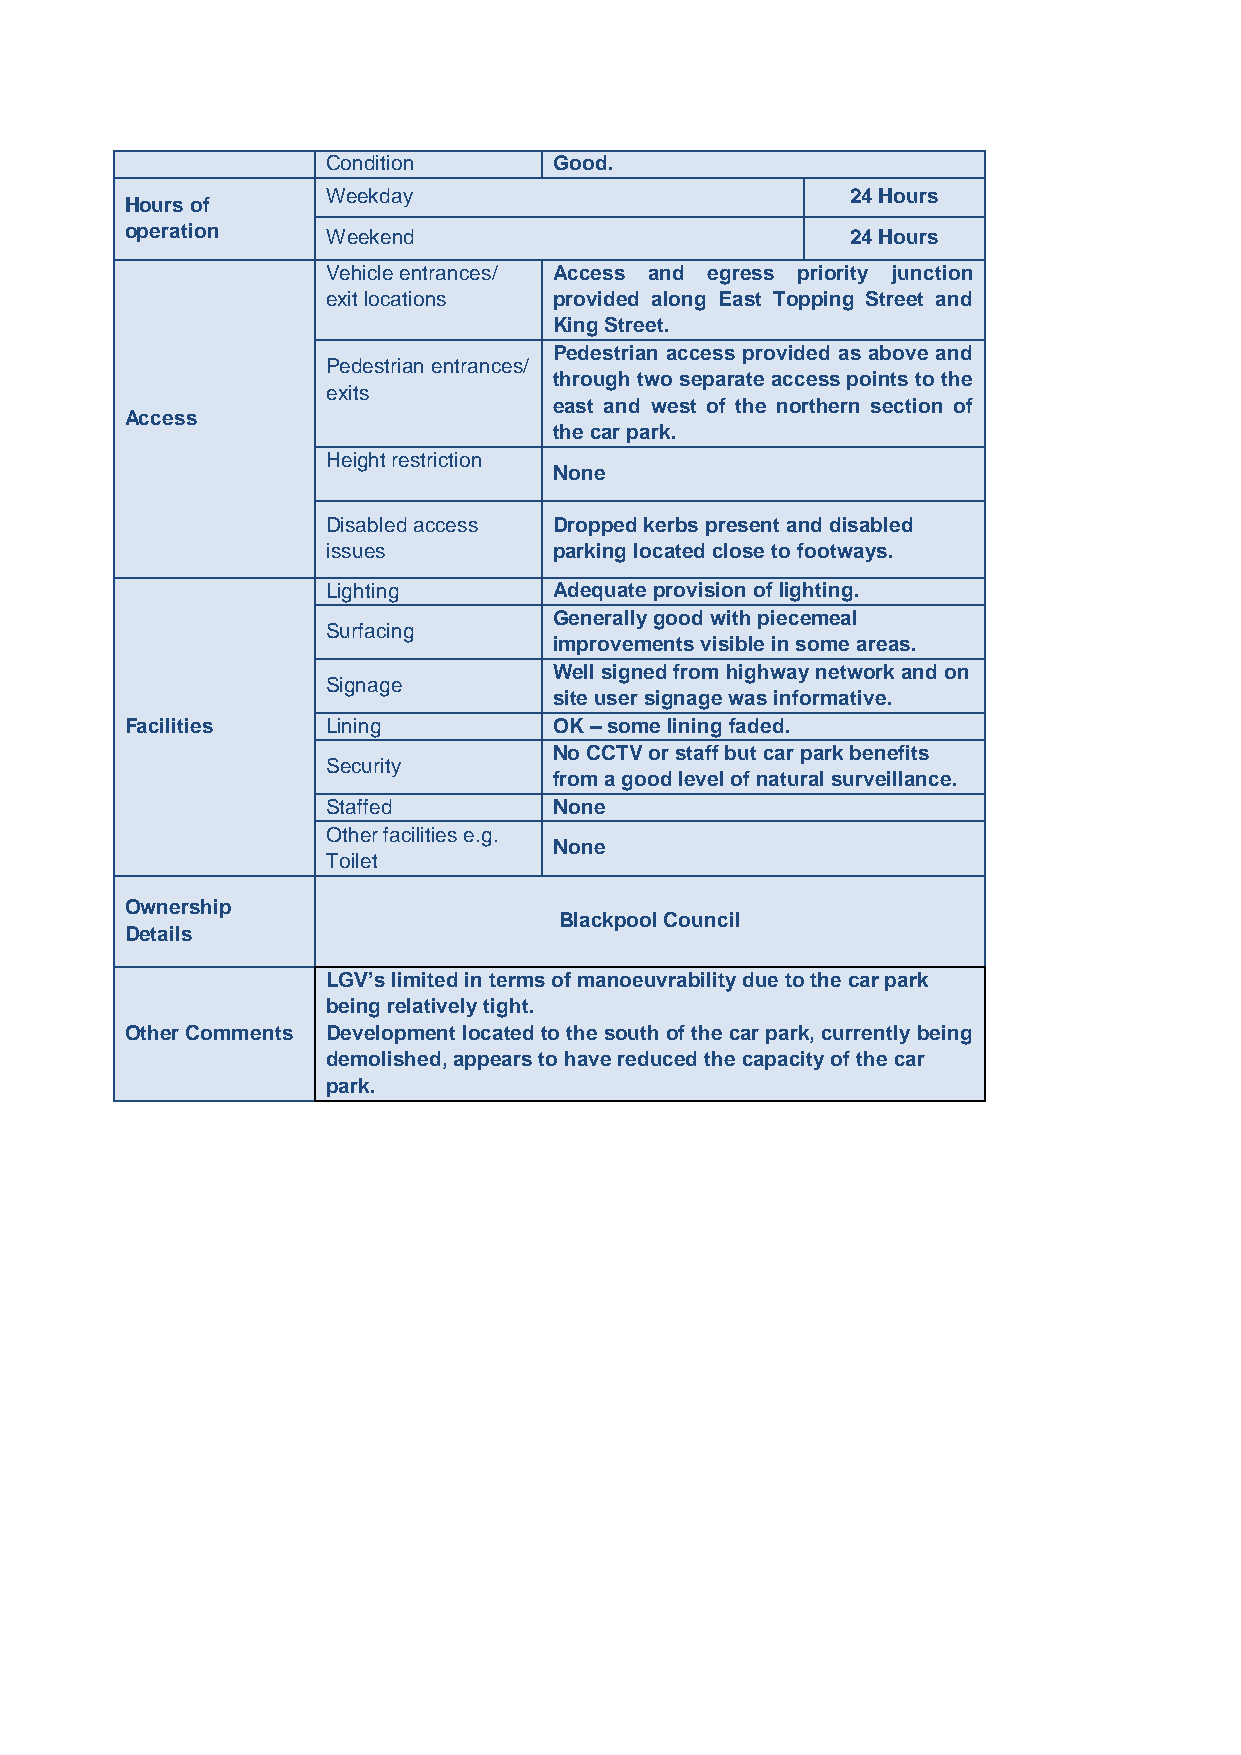
Condition      Good.
 Weekday                           24 Hours
 Hours of
 operation     Weekend                           24 Hours
 Vehicle entrances/ Access and egress priority junction
 exit locations provided along East Topping Street and
 King Street.
 Pedestrian access provided as above and
 Pedestrian entrances/
 through two separate access points to the
 exits
 east and west of the northern section of
 Access
 the car park.
 Height restriction
 None
 Disabled access Dropped kerbs present and disabled
 issues         parking located close to footways.
 Lighting       Adequate provision of lighting.
 Generally good with piecemeal
 Surfacing
 improvements visible in some areas.
 Well signed from highway network and on
 Signage
 site user signage was informative.
 Facilities    Lining         OK – some lining faded.
 No CCTV or staff but car park benefits
 Security
 from a good level of natural surveillance.
 Staffed        None
 Other facilities e.g.
 None
 Toilet
 Ownership
 Blackpool Council
 Details
 LGV’s limited in terms of manoeuvrability due to the car park
 being relatively tight.
 Other Comments Development located to the south of the car park, currently being
 demolished, appears to have reduced the capacity of the car
 park.